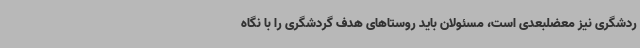
ردشگری نیز معضلبعدی است، مسئولان باید روستاهای هدف گردشگری را با نگاه